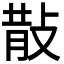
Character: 𭣹